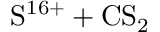
\mathrm { S ^ { 1 6 + } + C S _ { 2 } }